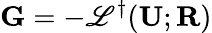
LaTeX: \mathbf{G}=-\mathscr{L}^{\dagger}(\mathbf{U};\mathbf{R})